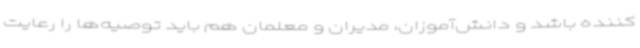
کننده باشد و دانش‌آموزان، مدیران و معلمان هم باید توصیه‌ها را رعایت